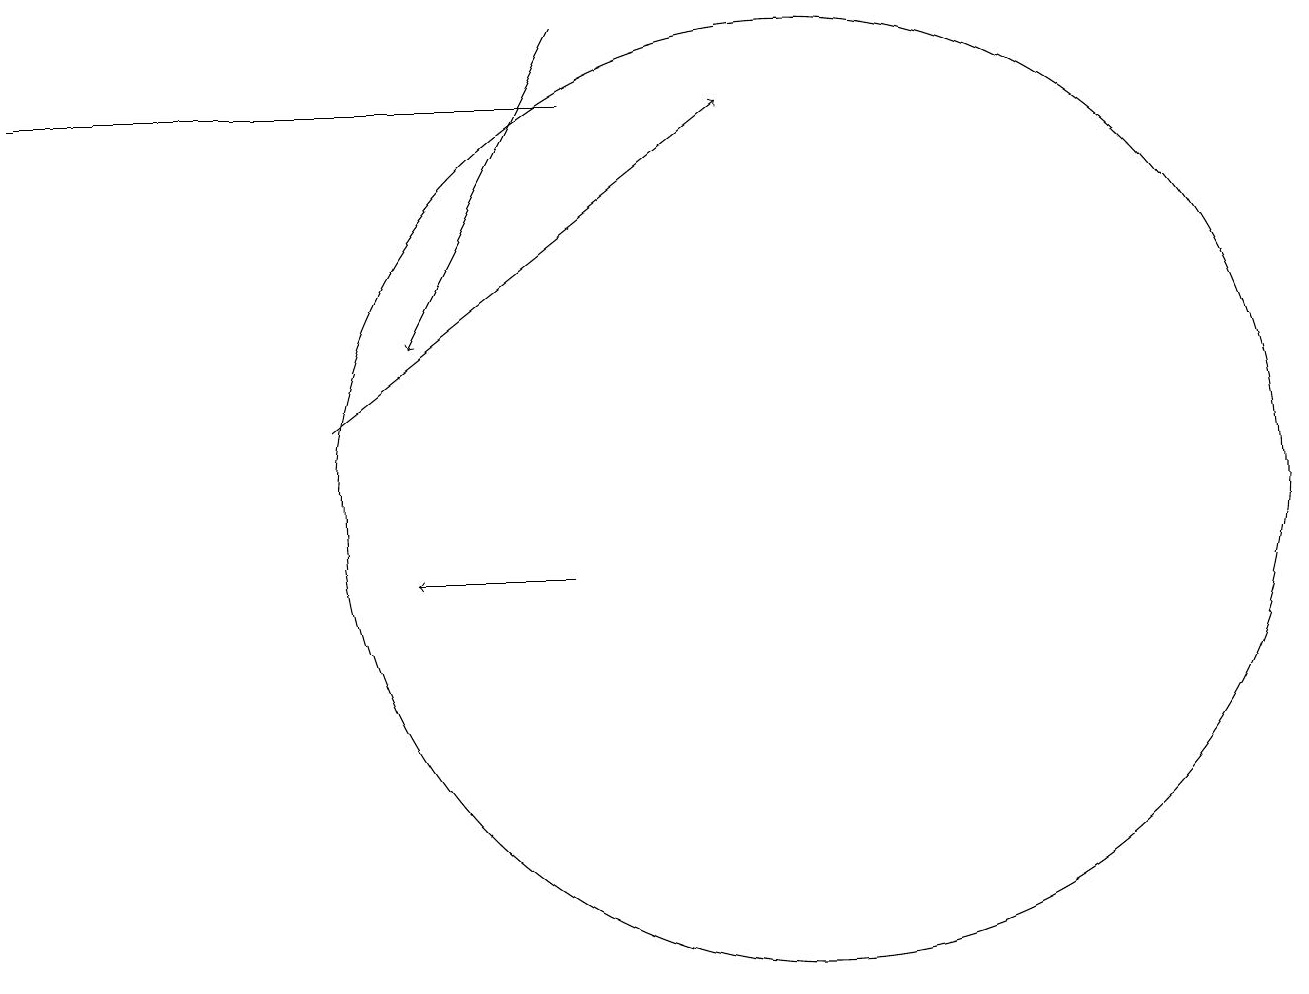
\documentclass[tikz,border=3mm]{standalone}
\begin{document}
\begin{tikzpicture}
\draw[->] (7,10) -- (5,10);
\draw[->] (4,12) -- (9,16);
\draw (7,16) rectangle (0,16);
\draw (10,11) circle (6);
\draw[->] (7,17) -- (5,13);
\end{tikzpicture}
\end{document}